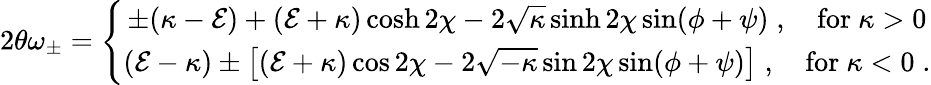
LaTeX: {2\theta\omega_{\pm}}=\left\{ \begin{array}{c}{{\pm(\kappa-{\cal E})+({\cal E}+\kappa)\cosh 2\chi-2\sqrt{\kappa}\sinh 2\chi\sin(\phi+\psi)\; ,\quad\mathrm{for~}\kappa>0}}\\ {{({\cal E}-\kappa)\pm\left[({\cal E}+\kappa)\cos 2\chi-2\sqrt{-\kappa}\sin 2\chi\sin(\phi+\psi)\right]\; ,\quad\mathrm{for~}\kappa<0\; .}}\end{array}\right.